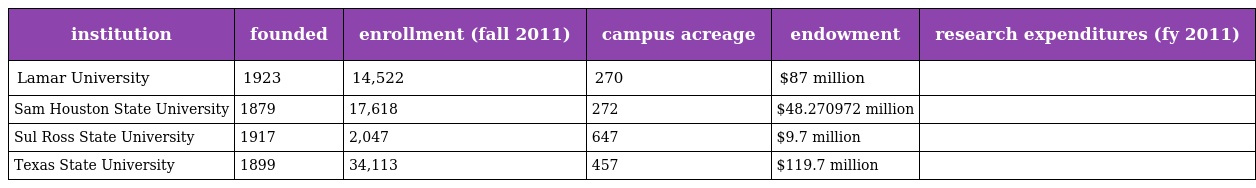
| institution | founded | enrollment (fall 2011) | campus acreage | endowment | research expenditures (fy 2011) |
 | --- | --- | --- | --- | --- | --- |
 | Lamar University | 1923 | 14,522 | 270 | $87 million |  |
 | Sam Houston State University | 1879 | 17,618 | 272 | $48.270972 million |  |
 | Sul Ross State University | 1917 | 2,047 | 647 | $9.7 million |  |
 | Texas State University | 1899 | 34,113 | 457 | $119.7 million |  |